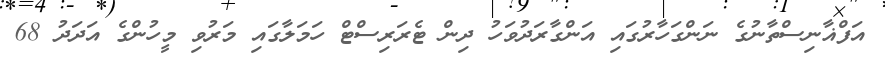
އަފްޣާނިސްތާނުގެ ނަންގަހާރުގައި އަންގާރަދުވަހު ދިން ޓެރަރިސްޓް ހަމަލާގައި މަރުވި މީހުންގެ އަދަދު 68